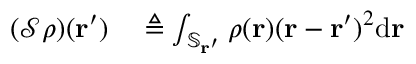
\begin{array} { r l } { ( \mathcal { S } \rho ) ( \mathbf { r } ^ { \prime } ) } & { { } \triangleq \int _ { \mathbb { S } _ { \mathbf { r } ^ { \prime } } } \rho ( \mathbf { r } ) ( \mathbf { r } - \mathbf { r } ^ { \prime } ) ^ { 2 } \mathrm { d } \mathbf { r } } \end{array}